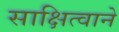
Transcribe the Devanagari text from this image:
साक्षित्वाने